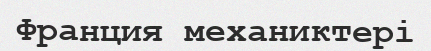
Франция механиктері